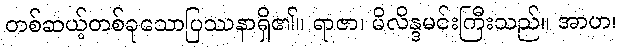
တစ်ဆယ့်တစ်ခုသောပြဿနာရှိ၏။ ရာဇာ၊ မိလိန္ဒမင်းကြီးသည်။ အာဟ၊